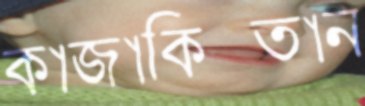
কাজাকিস্তান